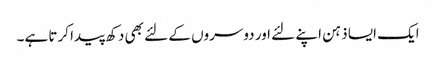
ایک ایسا ذہن اپنے لئے اور دوسروں کے لئے بھی دکھ پیدا کرتا ہے۔